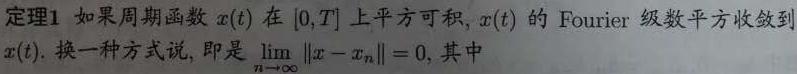
定理1 如果周期函数$x(t)$在$[0,T]$上平方可积, $x(t)$的Fourier 级数平方收敛到$x(t)$. 换一种方式说, 即是$\lim_{n\rightarrow\infty}\|x - x_n\| = 0$, 其中